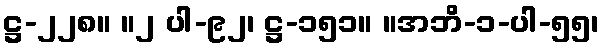
ဋ္ဌ-၂၂၈။ ။၂ ပါ-၉၂၊ ဋ္ဌ-၁၅၁။ ။အဘိ-၁-ပါ-၅၅၊